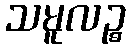
သမူလဉ္စ